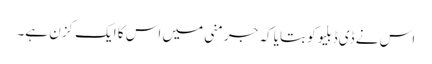
اس نے ڈی ڈبلیو کو بتایا کہ جرمنی میں اس کا ایک کزن ہے۔